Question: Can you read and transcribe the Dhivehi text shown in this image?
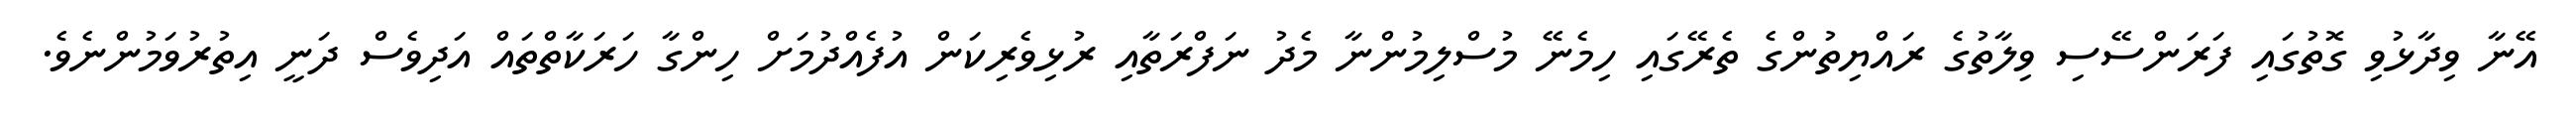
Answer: އޭނާ ވިދާޅުވި ގޮތުގައި ފަރަންސޭސި ވިލާތުގެ ރައްޔިތުންގެ ތެރޭގައި ހިމެނޭ މުސްލިމުންނާ މެދު ނަފްރަތާއި ރުޅިވެރިކަން އުފެއްދުމަށް ހިންގާ ހަރަކާތްތައް އަދިވެސް ދަނީ އިތުރުވަމުންނެވެ.